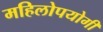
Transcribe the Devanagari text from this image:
महिलोपयोगी